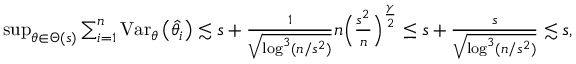
\begin{array} { r } { \operatorname* { s u p } _ { \theta \in \Theta ( s ) } \sum _ { i = 1 } ^ { n } \operatorname { V a r } _ { \theta } \big ( \widehat \theta _ { i } \big ) \lesssim s + \frac { 1 } { \sqrt { \log ^ { 3 } ( n / s ^ { 2 } ) } } n \Big ( \frac { s ^ { 2 } } { n } \Big ) ^ { \frac { \gamma } { 2 } } \leq s + \frac { s } { \sqrt { \log ^ { 3 } ( n / s ^ { 2 } ) } } \lesssim s , } \end{array}